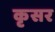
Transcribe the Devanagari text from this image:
कृसर